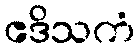
ဧဒိသကံ